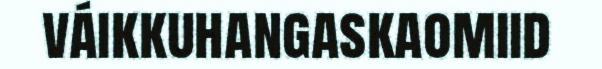
váikkuhangaskaomiid